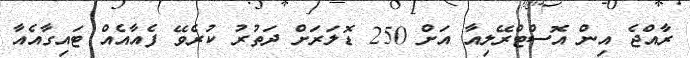
ރާއްޖެ އިން އޮސްޓްރޭލިއާ އަށް 250 ޑޮލަރަށް ދަތުރު ކުރެވޭ ފެއާއެއް ޓައިގާއެއާ